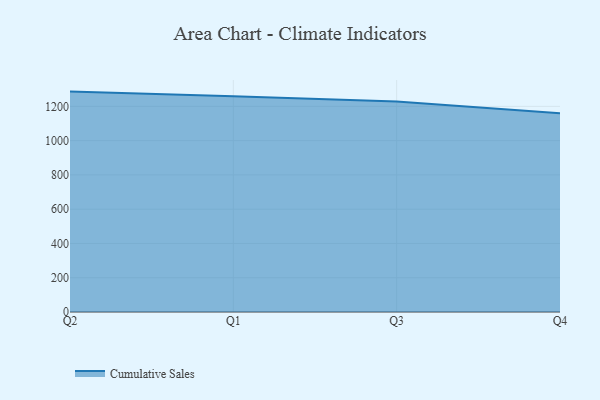
{"axis": {"x": "Quarter", "y": "Population (Million)"}, "legend": ["Cumulative Sales"], "data": [{"x": "Q2", "y": 1286.1, "type": "Cumulative Sales"}, {"x": "Q1", "y": 1259.2, "type": "Cumulative Sales"}, {"x": "Q3", "y": 1227.8, "type": "Cumulative Sales"}, {"x": "Q4", "y": 1160.3, "type": "Cumulative Sales"}]}